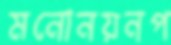
মনোনয়নপ